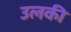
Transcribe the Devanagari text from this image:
उलकी